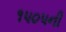
૧૫૦૫ની